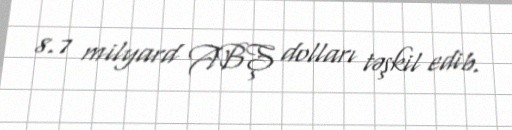
8.7 milyard ABŞ dolları təşkil edib.